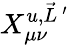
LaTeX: X_{\mu\nu}^{u,\vec{L}\, ^{\prime}}